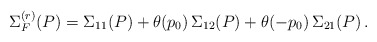
\begin{align*}\Sigma_F^{(r)} (P) = \Sigma_{1 1} (P) + \theta (p_0) \, \Sigma_{1 2} (P) + \theta (- p_0) \, \Sigma_{2 1} (P) \, . \end{align*}